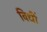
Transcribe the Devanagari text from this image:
विधीं